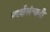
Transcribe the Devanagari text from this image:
स्पर्शसंचारी